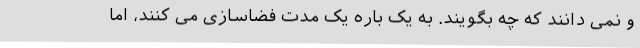
و نمی دانند که چه بگویند. به یک باره یک مدت فضاسازی می کنند، اما